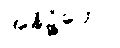
အနိဉ္ဇိတော